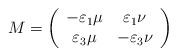
LaTeX: \begin{align*}M=\left( \begin{array}{cc}-\varepsilon_1\mu &\varepsilon_1\nu\\\varepsilon_3\mu&-\varepsilon_{3}\nu\end{array}\right) \end{align*}